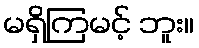
မရှိကြမင့် ဘူး။